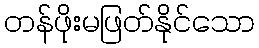
တန်ဖိုးမဖြတ်နိုင်သော